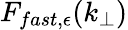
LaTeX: F_{fast,\epsilon}(k_{\perp})